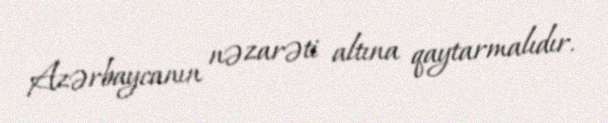
Azərbaycanın nəzarəti altına qaytarmalıdır.